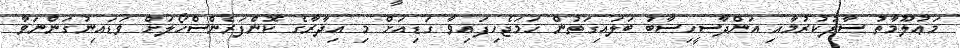
މަޢުލޫމާތު ސާފުކުރުމާއި އަންދާސީހިސާބު ބަލައިގަތުން ހަމަޖެހިފައިވާ ގަޑިއަށް މި އިދާރާގެ ކޮންފަރެންސްހޯލަށް ވަޑައިނުގަންނަވާ